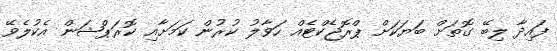
ފައިދާ ލިބޭ ގޮތަށް ބަޔަކަށް ޕްރޮޖެކްޓެއް ހަވާލު ކުރުން ކަމަށާއި ކޮރަޕްޝަން އެކުލެވޭ